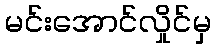
မင်းအောင်လှိုင်မှ